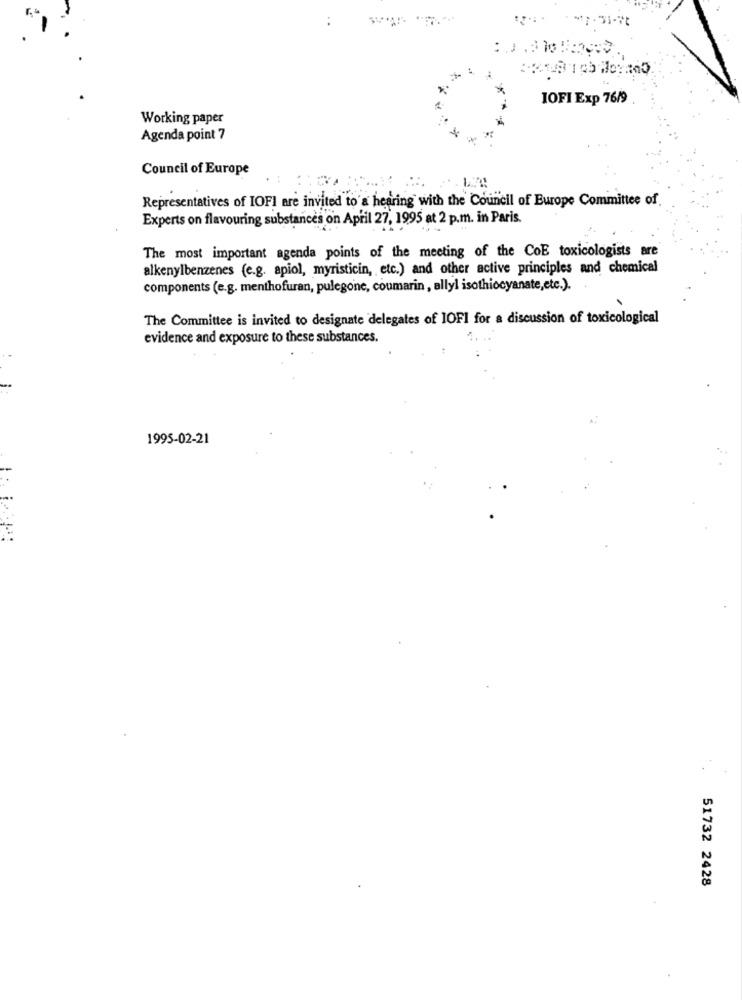
:
IOFI Exp 76/9
Working paper
Agenda point 7
Council of Europe
Representatives of IOFI are invited to a hearing with the Council of Europe Committee of
Experts on flavouring substances on April 27, 1995 at 2 p.m. in Paris.
The most important agenda points of the meeting of the CoE toxicologists are
alkenylbenzenes (e.g. apiol, myristicin, etc.) and other active principles and chemical
components (e.g. menthofuran, pulegone, coumarin, allyl isothiocyanate,etc.).
The Committee is invited to designate delegates of IOFI for a discussion of toxicological
evidence and exposure to these substances.
1995-02-21
51732 2428